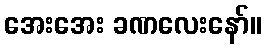
အေးအေး ခဏလေးနော်။